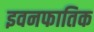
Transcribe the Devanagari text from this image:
इवनफातिक